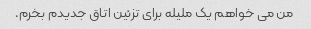
من می خواهم یک ملیله برای تزئین اتاق جدیدم بخرم.